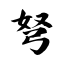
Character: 弩